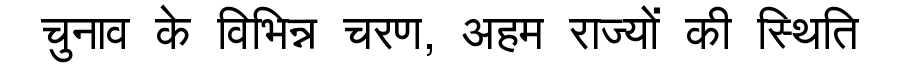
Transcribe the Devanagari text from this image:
चुनाव के विभिन्न चरण, अहम राज्यों की स्थिति